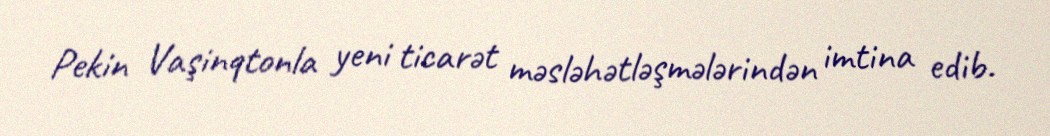
Pekin Vaşinqtonla yeni ticarət məsləhətləşmələrindən imtina edib.